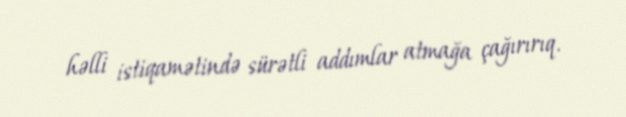
həlli istiqamətində sürətli addımlar atmağa çağırırıq.